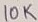
Text: 10K